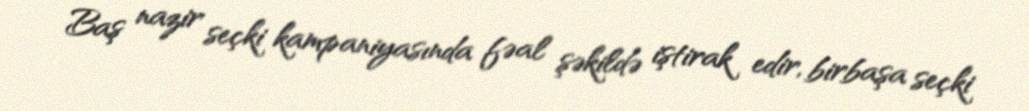
Baş nazir seçki kampaniyasında fəal şəkildə iştirak edir, birbaşa seçki